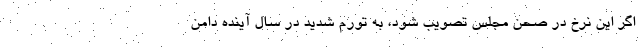
اگر این نرخ در صحن مجلس تصویب شود، به تورم شدید در سال آینده دامن